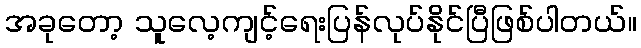
အခုတော့ သူလေ့ကျင့်ရေးပြန်လုပ်နိုင်ပြီဖြစ်ပါတယ်။